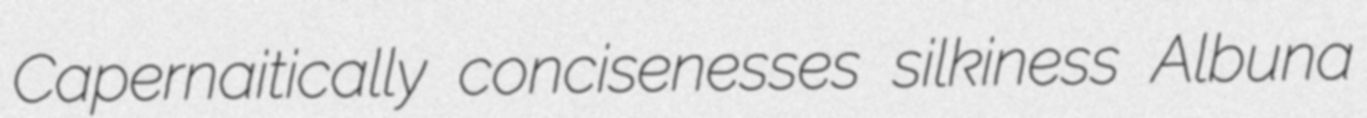
Capernaitically concisenesses silkiness Albuna